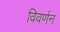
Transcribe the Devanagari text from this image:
विवर्णन